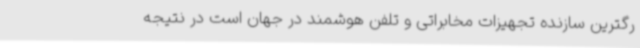
رگترین سازنده تجهیزات مخابراتی و تلفن هوشمند در جهان است در نتیجه